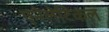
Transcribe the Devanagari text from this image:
एनेलेटिकल